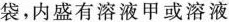
袋，内盛有溶液甲或溶液